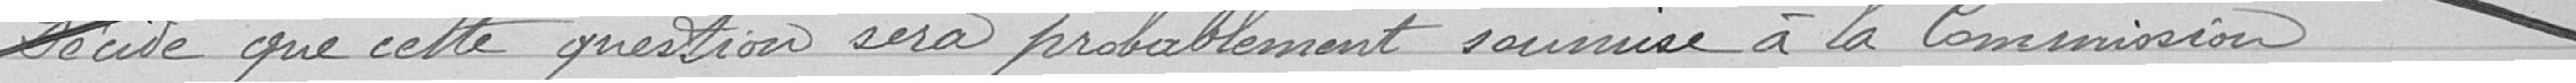
Décide que cette question sera probablement soumise à la Commission